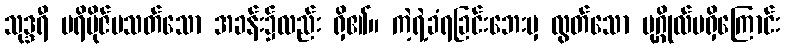
သုဒ္ဒရီ ပရိဗိုဇ်မသတ်သော အခန်း၌လည်း ရှိ၏။ ကဲ့ရဲ့ခံရခြင်းဘေးမှ လွတ်သော ပုဂ္ဂိုလ်မရှိကြောင်း